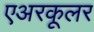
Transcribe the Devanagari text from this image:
एअरकूलर